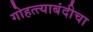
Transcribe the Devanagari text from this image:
गोहत्त्याबंदीचा